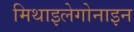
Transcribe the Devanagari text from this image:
मिथाइलेगोनाइन